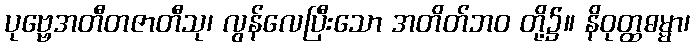
ပုဗ္ဗေအတီတဇာတီသု၊ လွန်လေပြီးသော အတိတ်ဘဝ တို့၌။ နိဝုတ္ထဓမ္မာ၊